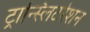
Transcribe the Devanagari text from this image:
ट्रान्स्लिटरेशन